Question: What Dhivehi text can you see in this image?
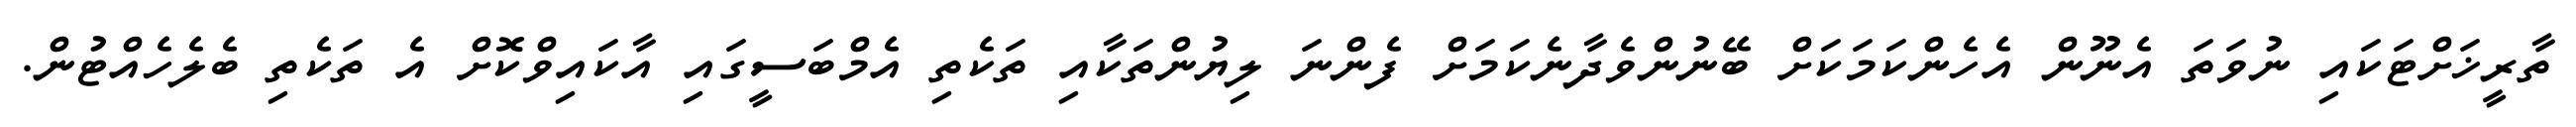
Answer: ތާރީޚަށްޓަކައި ނުވަތަ އެނޫން އެހެންކަމަކަށް ބޭނުންވެދާނެކަމަށް ފެންނަ ލިޔުންތަކާއި ތަކެތި އެމްބަސީގައި އާކައިވްކޮށް އެ ތަކެތި ބެލެހެއްޓުން.